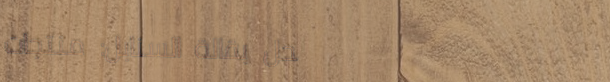
محل بقالة السنابل: منتجات